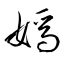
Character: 嫣